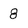
Character: 8